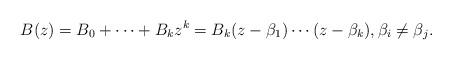
LaTeX: \begin{align*}B(z)=B_0+\dots+B_kz^k=B_k(z-\beta_1)\cdots(z-\beta_k), \beta_i \neq \beta_j.\end{align*}